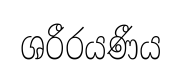
ශරීරයණීය